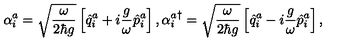
\alpha _ { i } ^ { a } = \sqrt { \frac { \omega } { 2 \hbar g } } \left[ \hat { q } _ { i } ^ { a } + i \frac { g } { \omega } \hat { p } _ { i } ^ { a } \right] , { \alpha _ { i } ^ { a } } ^ { \dagger } = \sqrt { \frac { \omega } { 2 \hbar g } } \left[ \hat { q } _ { i } ^ { a } - i \frac { g } { \omega } \hat { p } _ { i } ^ { a } \right] ,